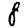
Digit: 8